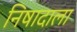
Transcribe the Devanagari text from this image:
निषादाला